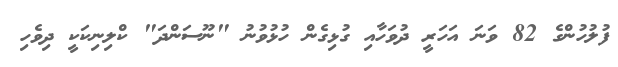
ފުލުހުންގެ 82 ވަނަ އަހަރީ ދުވަހާއި ގުޅިގެން ހުޅުވުނު "ނޫސަންދަ" ކްލިނިކަކީ ދިވެހި